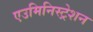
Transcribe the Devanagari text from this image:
एउमिनिस्ट्रेशन